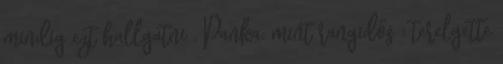
mindig ezt hallgatni . Panka: mint rangidős : terelgette